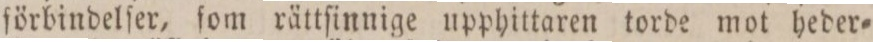
förbindelſer, ſom rättſinnige upphittaren torde mot heder=